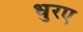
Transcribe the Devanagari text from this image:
धुरए